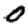
Digit: 0